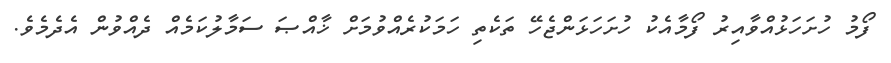
ފޯމު ހުށަހަޅުއްވާއިރު ފޯމާއެކު ހުށަހަޅަންޖެހޭ ތަކެތި ހަމަކުރެއްވުމަށް ޚާއްޞަ ސަމާލުކަމެއް ދެއްވުން އެދެމެވެ.